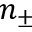
n _ { \pm }